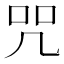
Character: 咒